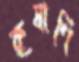
কৃষাণি